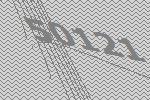
50121